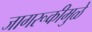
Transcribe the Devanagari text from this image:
जागरूकीमुळे